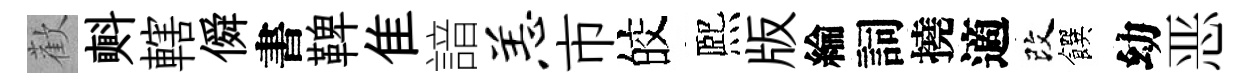
歡㪺轄僢書鞞隹諳恙市皎熈版綸詞撓適改饌幼恶